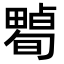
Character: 𤳠